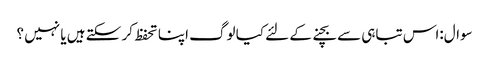
سوال:اس تباہی سے بچنے کے لئے کیا لوگ اپنا تحفظ کر سکتے ہیں یا نہیں ؟